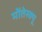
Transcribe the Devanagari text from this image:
मोंतेस्क्यू